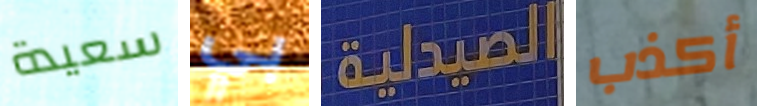
سعيدة بي الصيدلية أكذب